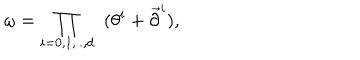
\omega = \prod _ { i = 0 , 1 , . . , d } \; \; ( \theta ^ { i } + \overrightarrow { \partial } ^ { i } ) , \nonumber